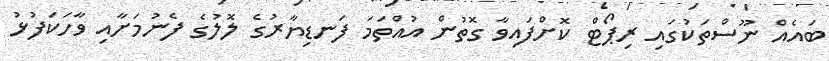
ބައެއް ނޫސްތަކުގައި ރިޕޯޓް ކޮށްފައިވާ ގޮތުން އުއްތަމަ ފަނޑިޔާރުގެ ލޮލުގެ ފެނުމަށާއި ވާހަކަފުޅު